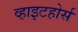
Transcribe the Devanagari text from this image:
व्हाइटहोर्स